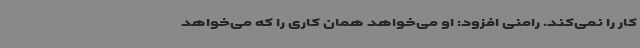
کار را نمی‌کند. رامنی افزود: او می‌خواهد همان کاری را که می‌خواهد